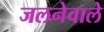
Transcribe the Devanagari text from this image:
जलनेवाले